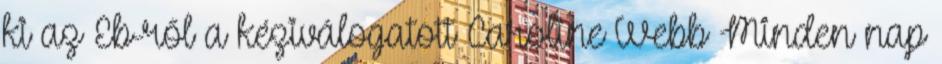
ki az Eb-ről a kéziválogatott Caroline Webb Minden nap